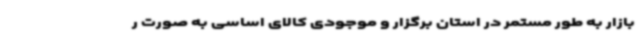
بازار به طور مستمر در استان برگزار و موجودی کالای اساسی به صورت ر